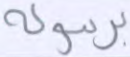
برسوله